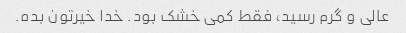
عالی و گرم رسید، فقط کمی خشک بود. خدا خیرتون بده.